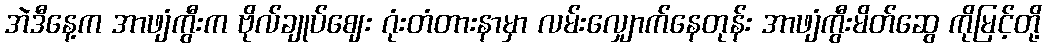
အဲဒီနေ့က အာဖျံကွီးက ဗိုလ်ချုပ်ဈေး ဂုံးတံတားနာမှာ လမ်းလျှောက်နေတုန်း အာဖျံကွီးမိတ်ဆွေ ကိုမြင့်တို့